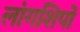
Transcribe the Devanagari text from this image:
लांगशिपों